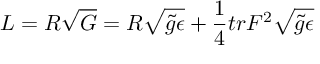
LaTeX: { \cal L } = { \cal R } \sqrt { \cal G } = { R } \sqrt { \tilde { g } \epsilon } + \frac { 1 } { 4 } t r { F } ^ { 2 } \sqrt { \tilde { g } \epsilon }